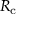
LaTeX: R _ { \mathrm { c } }